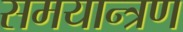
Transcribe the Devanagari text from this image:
समयान्त्रण